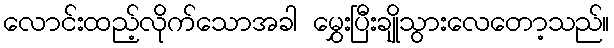
လောင်းထည့်လိုက်သောအခါ မွှေးပြီးချိုသွားလေတော့သည်။